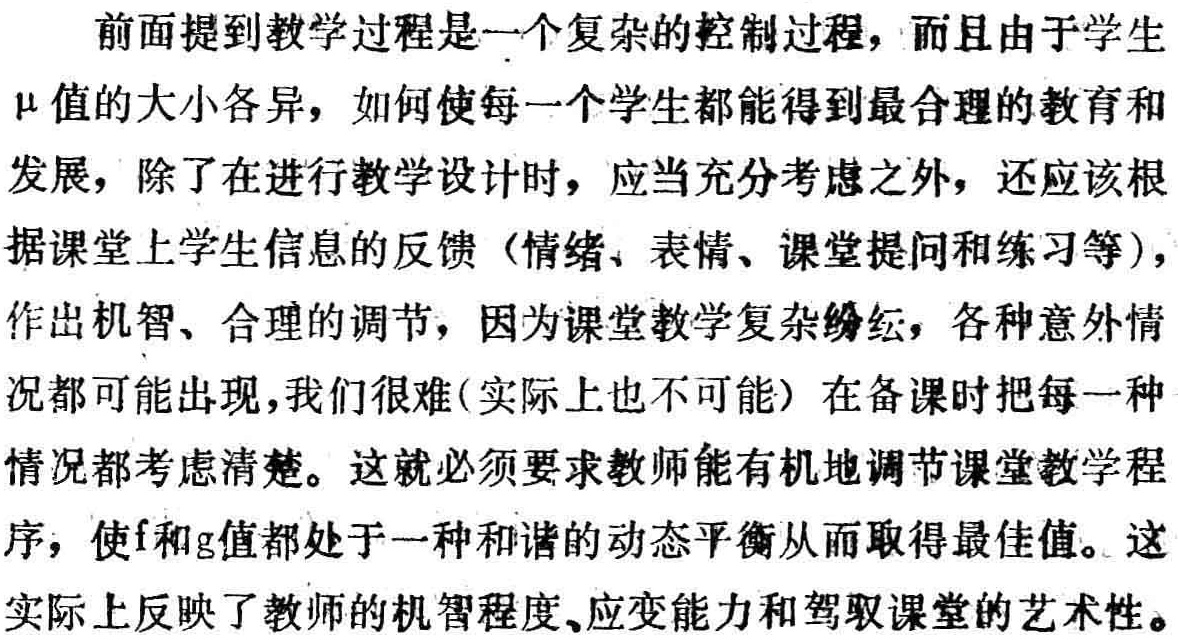
前面提到教学过程是一个复杂的控制过程，而且由于学生$\mu$值的大小各异，如何使每一个学生都能得到最合理的教育和发展，除了在进行教学设计时，应当充分考虑之外，还应该根据课堂上学生信息的反馈（情绪、表情、课堂提问和练习等），作出机智、合理的调节，因为课堂教学复杂纷纭，各种意外情况都可能出现，我们很难(实际上也不可能）在备课时把每一种情况都考虑清楚。这就必须要求教师能有机地调节课堂教学程序，使$f$和$g$值都处于一种和谐的动态平衡从而取得最佳值。这实际上反映了教师的机智程度、应变能力和驾驭课堂的艺术性。